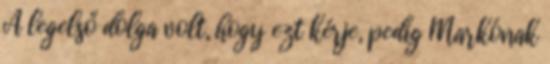
A legelső dolga volt, hogy ezt kérje, pedig Markónak